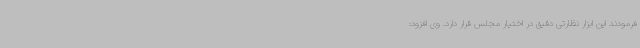
فرمودند این ابزار نظارتی دقیق در اختیار مجلس قرار دارد. وی افزود: